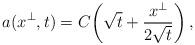
LaTeX: \begin{align*}a(x^\perp,t)=C\!\left(\sqrt{t}+\frac{x^\perp}{2\sqrt{t}}\right),\end{align*}